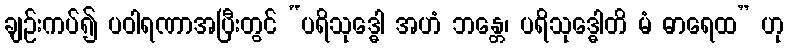
ချဉ်းကပ်၍ ပဝါရဏာအပြီးတွင် “ပရိသုဒ္ဓေါ အဟံ ဘန္တေ၊ ပရိသုဒ္ဓေါတိ မံ ဓာရေထ” ဟု